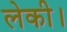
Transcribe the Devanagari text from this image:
लेकी।